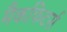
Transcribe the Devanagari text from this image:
मैकफिटर्स